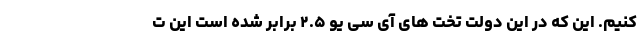
کنیم. این که در این دولت تخت های آی سی یو ۲.۵ برابر شده است این ت